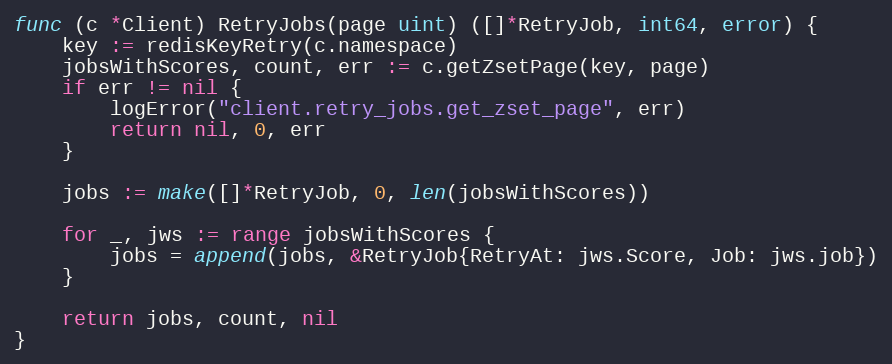
Language: Go
func (c *Client) RetryJobs(page uint) ([]*RetryJob, int64, error) {
	key := redisKeyRetry(c.namespace)
	jobsWithScores, count, err := c.getZsetPage(key, page)
	if err != nil {
		logError("client.retry_jobs.get_zset_page", err)
		return nil, 0, err
	}

	jobs := make([]*RetryJob, 0, len(jobsWithScores))

	for _, jws := range jobsWithScores {
		jobs = append(jobs, &RetryJob{RetryAt: jws.Score, Job: jws.job})
	}

	return jobs, count, nil
}